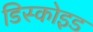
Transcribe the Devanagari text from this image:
डिस्कोइड